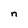
Character: n